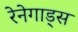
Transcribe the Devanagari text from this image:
रेनेगाड्स